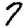
Digit: 7